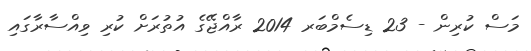
މަސް ކުރިން - 23 ޑިސެމްބަރ 2014 ރާއްޖޭގެ އުތުރަށް ކުރި ވިއްސާރާގައި